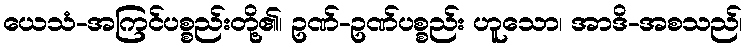
ယေသံ-အကြင်ပစ္စည်းတို့၏၊ ဥဏ်-ဥဏ်ပစ္စည်း ဟူသော၊ အာဒိ-အစသည်၊